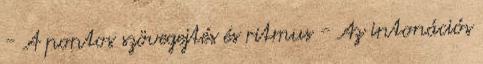
- A pontos szövegejtés és ritmus - Az intonációs